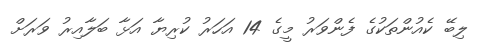
ލިބޭ ކެއުންތަކުގެ ފެންވަރު މީގެ 14 އަހަރު ކުރިޔާ އަޅާ ބަލާއިރު ވަރަށް